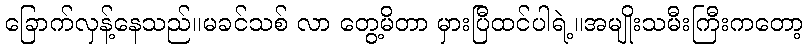
ခြောက်လှန့်နေသည်။မခင်သစ် လာ တွေ့မိတာ မှားပြီထင်ပါရဲ့။အမျိုးသမီးကြီးကတော့